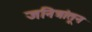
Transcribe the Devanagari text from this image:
जनित्रांतून